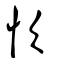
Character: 忺